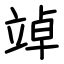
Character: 竨